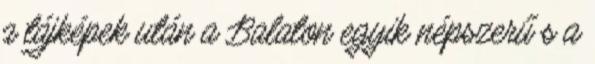
a tájképek után a Balaton egyik népszerű s a